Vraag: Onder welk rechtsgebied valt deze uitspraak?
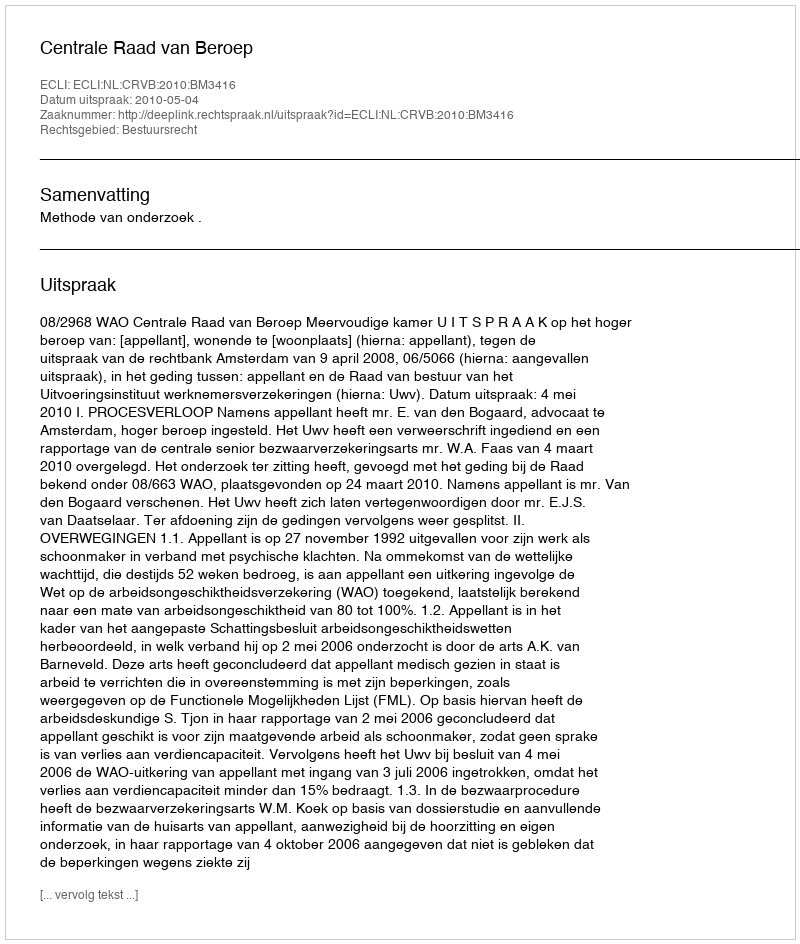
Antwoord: Bestuursrecht